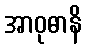
အာဝုဓာနိ